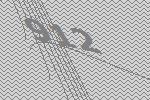
912